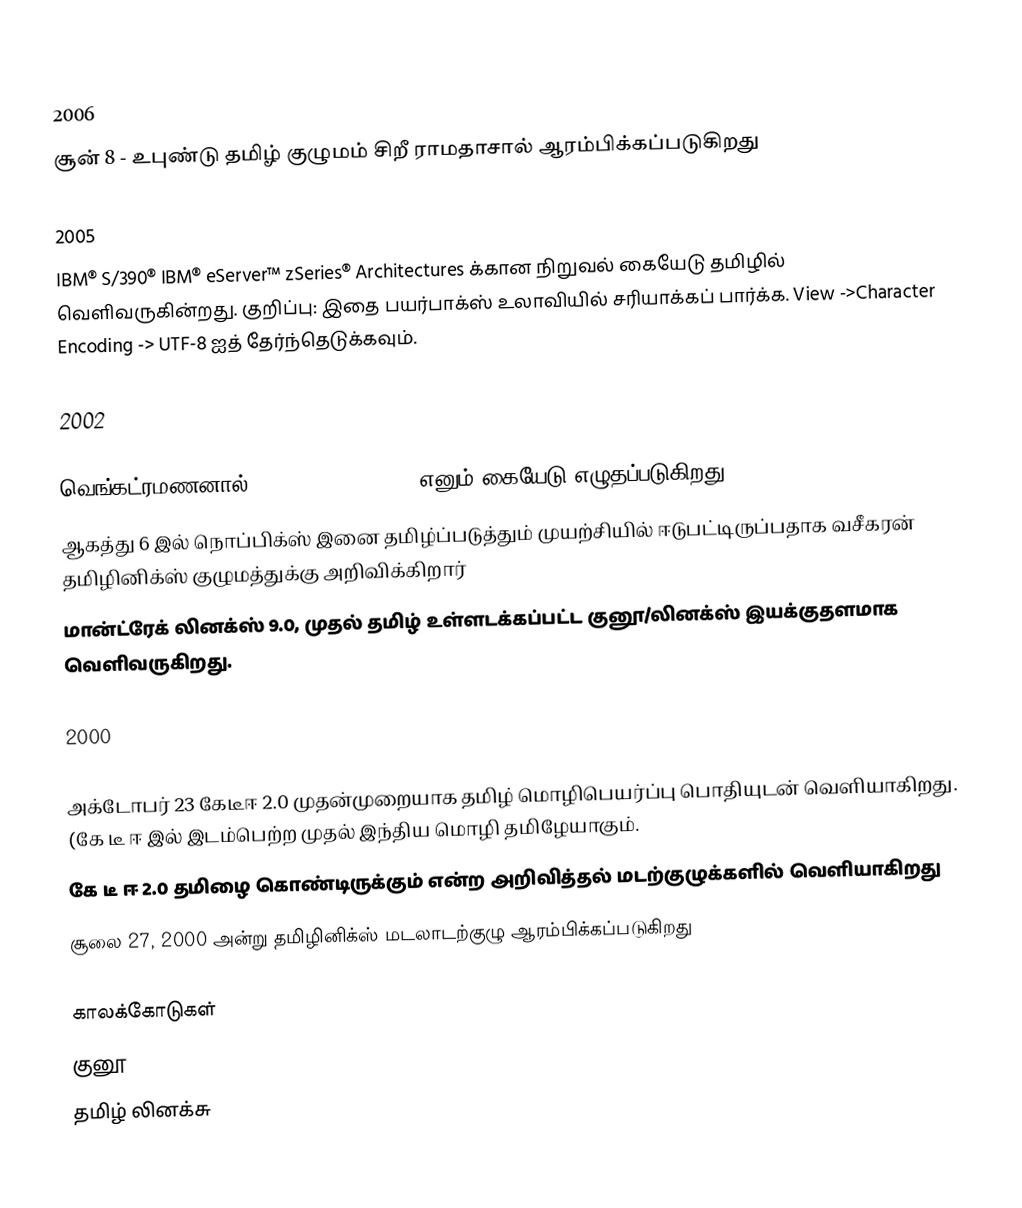

2006
சூன் 8 - உபுண்டு தமிழ் குழுமம்  சிறீ ராமதாசால் ஆரம்பிக்கப்படுகிறது

2005
IBM® S/390® IBM® eServer™ zSeries® Architectures க்கான நிறுவல் கையேடு  தமிழில் வெளிவருகின்றது. குறிப்பு: இதை பயர்பாக்ஸ் உலாவியில் சரியாக்கப் பார்க்க. View ->Character Encoding -> UTF-8 ஐத் தேர்ந்தெடுக்கவும்.

2002

 வெங்கட்ரமணனால்  "Tamil Linux Howto" எனும் கையேடு எழுதப்படுகிறது
ஆகத்து 6 இல் நொப்பிக்ஸ் இனை தமிழ்ப்படுத்தும் முயற்சியில் ஈடுபட்டிருப்பதாக வசீகரன் தமிழினிக்ஸ் குழுமத்துக்கு அறிவிக்கிறார்
மான்ட்ரேக் லினக்ஸ் 9.0, முதல் தமிழ் உள்ளடக்கப்பட்ட குனூ/லினக்ஸ் இயக்குதளமாக வெளிவருகிறது.

2000

அக்டோபர் 23 கேடீஈ 2.0 முதன்முறையாக தமிழ் மொழிபெயர்ப்பு பொதியுடன் வெளியாகிறது. (கே டீ ஈ இல் இடம்பெற்ற முதல் இந்திய மொழி தமிழேயாகும்.
கே டீ ஈ 2.0  தமிழை கொண்டிருக்கும் என்ற அறிவித்தல் மடற்குழுக்களில் வெளியாகிறது
சூலை 27, 2000 அன்று தமிழினிக்ஸ் மடலாடற்குழு ஆரம்பிக்கப்படுகிறது

காலக்கோடுகள்
குனூ
தமிழ் லினக்சு